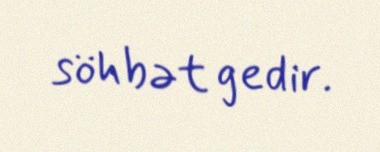
söhbət gedir.